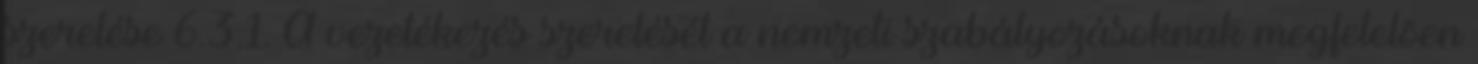
szerelése 6.3.1. A vezetékezés szerelését a nemzeti szabályozásoknak megfelelõen